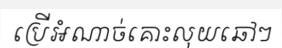
ប្រើអំណាច់គោះលុយឆៅៗ